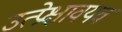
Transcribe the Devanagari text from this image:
उत्प्रेक्षावयव